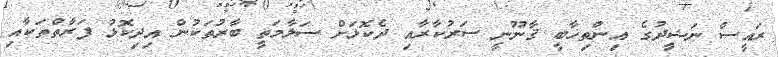
ރައީސް ނަޝީދުގެ އިންތިޚާބީ ޤާނޫނީ ސަރުކާރާއި ދެކޮޅަށް ސަލާމަތީ ބާރުތަކުން އިދިކޮޅު ފަރާތްތަކާއި